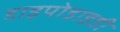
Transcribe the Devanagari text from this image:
डाइपोडाइडी